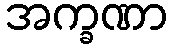
အက္ခဏာ